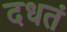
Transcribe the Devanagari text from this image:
दधतं